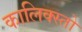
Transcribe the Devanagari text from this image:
कालिक्स्तो